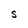
Character: S